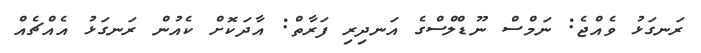
ރަނގަޅު ވެއްޖެ: ނަމްސް ނޫޑްލްސްގެ އަނދިރި ފަރާތް: އާދަކޮށް ކެއުން ރަނގަޅު އެއްޗެއް